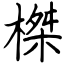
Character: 榤